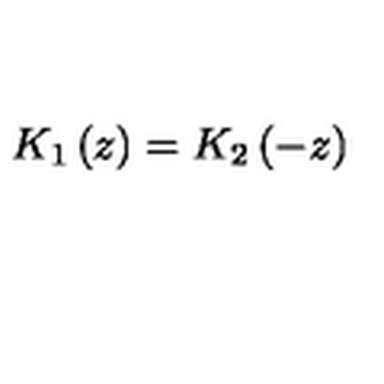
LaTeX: K _ { 1 } \left( z \right) = K _ { 2 } \left( - z \right)